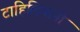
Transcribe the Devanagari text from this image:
टाहिलियानी